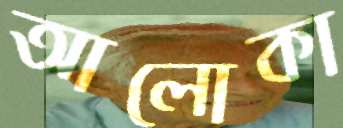
আলোকা